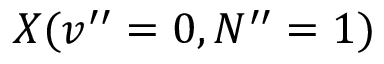
X ( v ^ { \prime \prime } = 0 , N ^ { \prime \prime } = 1 )